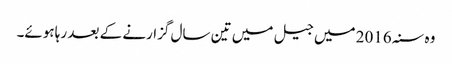
وہ سنہ 2016 میں جیل میں تین سال گزارنے کے بعد رہا ہوئے۔